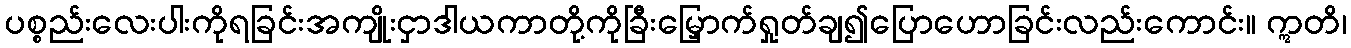
ပစ္စည်းလေးပါးကိုရခြင်းအကျိုးငှာဒါယကာတို့ကိုခြီးမြှောက်ရှုတ်ချ၍ပြောဟောခြင်းလည်းကောင်း။ ဣတိ၊